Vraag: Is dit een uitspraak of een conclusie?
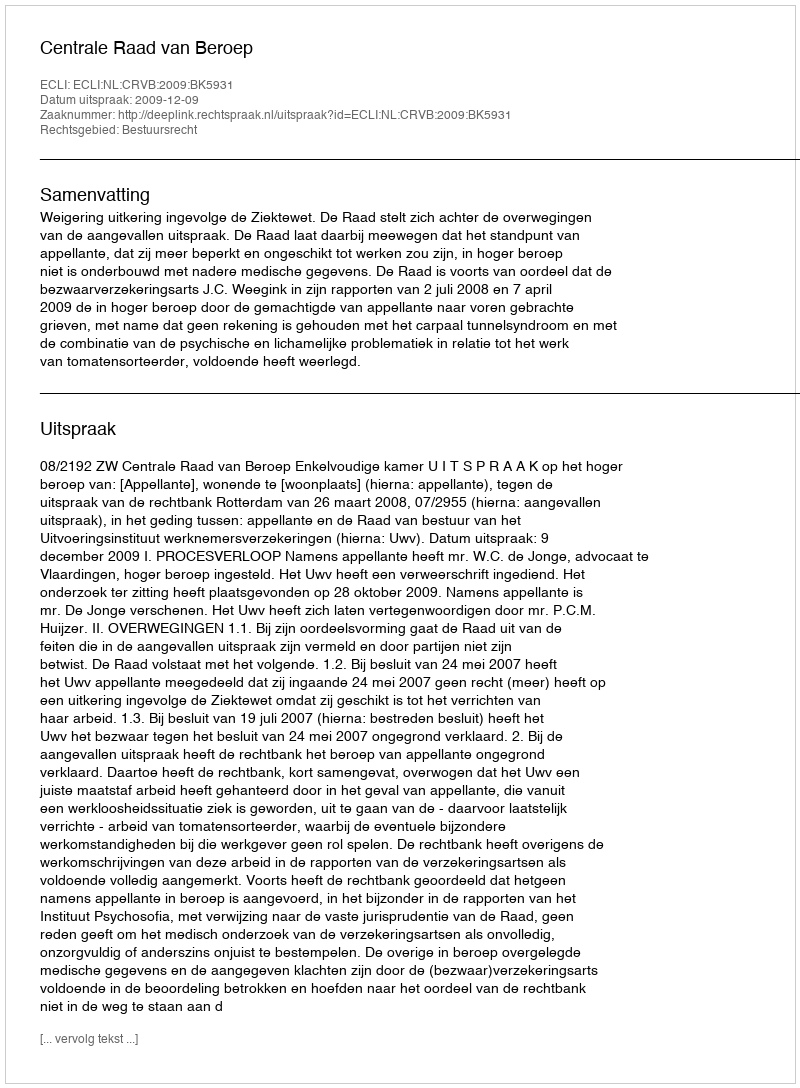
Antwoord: Uitspraak